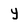
Character: y